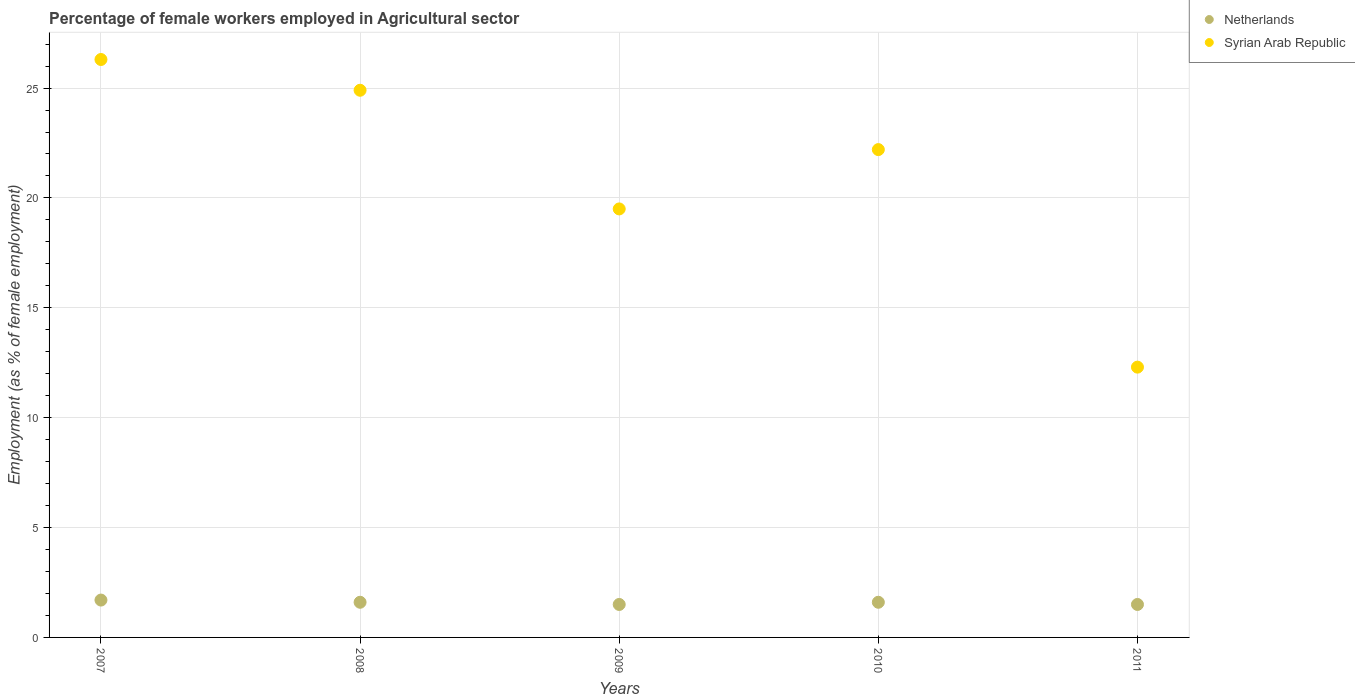
| Years | Netherlands | Syrian Arab Republic |
 | --- | --- | --- |
 | 2007 | 1.7 | 26.3 |
 | 2008 | 1.6 | 24.9 |
 | 2009 | 1.5 | 19.5 |
 | 2010 | 1.6 | 22.2 |
 | 2011 | 1.5 | 12.3 |